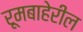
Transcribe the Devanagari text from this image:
रूमबाहेरील